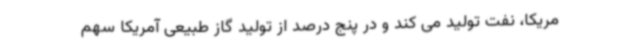
مریکا، نفت تولید می کند و در پنج درصد از تولید گاز طبیعی آمریکا سهم